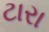
ટારા